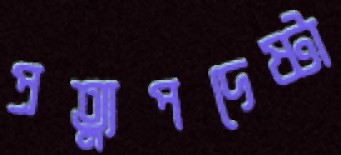
প্রত্যুপদেষ্টা